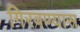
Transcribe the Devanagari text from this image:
गिरवण्यास